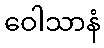
ဝေါသာနံ